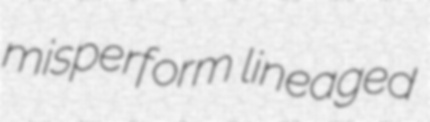
misperform lineaged